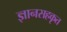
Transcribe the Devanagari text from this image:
ज्ञानसहकृत